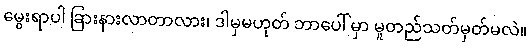
မွေးရာပါ ခြားနားလာတာလား၊ ဒါမှမဟုတ် ဘာပေါ် မှာ မူတည်သတ်မှတ်မလဲ။